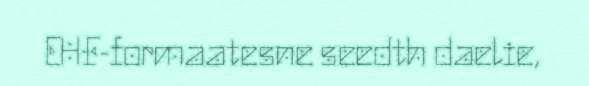
EHF-formaatesne seedth daelie,